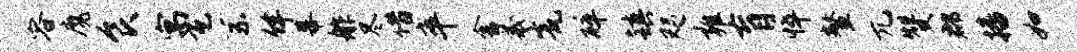
容魔食寓瓦系佯幕舴尽借卒舍羲瓮碎镇咫雍肓悴鳌兀赞郡播如